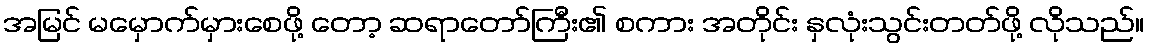
အမြင် မမှောက်မှားစေဖို့ တော့ ဆရာတော်ကြီး၏ စကား အတိုင်း နှလုံးသွင်းတတ်ဖို့ လိုသည်။